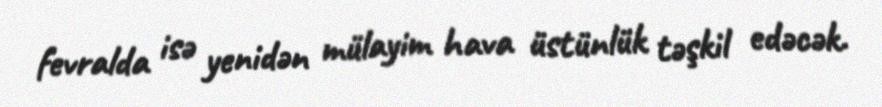
fevralda isə yenidən mülayim hava üstünlük təşkil edəcək.